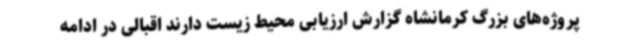
پروژه‌های بزرگ کرمانشاه گزارش ارزیابی محیط زیست دارند اقبالی در ادامه